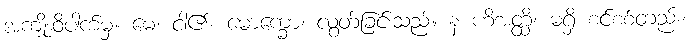
အကျိုးဝိပါက်မှ။ မေ၊ ငါ၏။ မောက္ခော၊ လွတ်ခြင်းသည်။ န ဟိအတ္ထိ၊ မရှိ စင်စစ်တည်း။